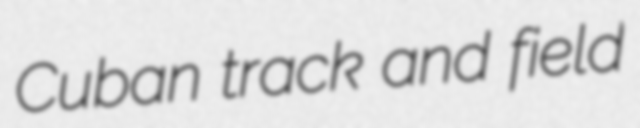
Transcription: Cuban track and field